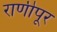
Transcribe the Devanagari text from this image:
राणीपूर